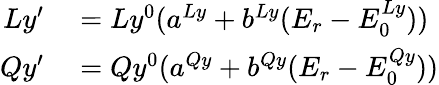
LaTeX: \begin{array}{rl}{Ly^{\prime}}&{{}=Ly^{0}(a^{Ly}+b^{Ly}(E_{r}-E_{0}^{Ly}))}\\ {Qy^{\prime}}&{{}=Qy^{0}(a^{Qy}+b^{Qy}(E_{r}-E_{0}^{Qy}))}\end{array}